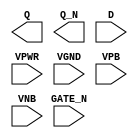
module sky130_fd_sc_hd__dlxbn (
    Q     ,
    Q_N   ,
    D     ,
    GATE_N,
    VPWR  ,
    VGND  ,
    VPB   ,
    VNB
);

    output Q     ;
    output Q_N   ;
    input  D     ;
    input  GATE_N;
    input  VPWR  ;
    input  VGND  ;
    input  VPB   ;
    input  VNB   ;
endmodule